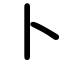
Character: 卜